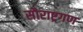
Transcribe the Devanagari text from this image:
सौराष्ट्रगण